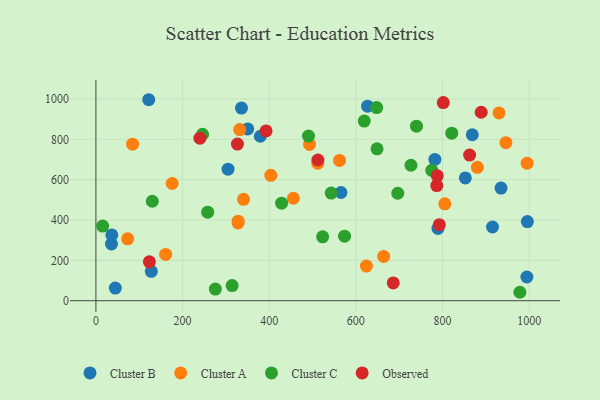
{"axis": {"x": "Investment", "y": "Sales"}, "legend": ["Cluster A", "Cluster B", "Cluster C", "Observed"], "data": [{"x": "868.8", "y": 822.7, "type": "Cluster B"}, {"x": "627.1", "y": 964.3, "type": "Cluster B"}, {"x": "121.9", "y": 996.2, "type": "Cluster B"}, {"x": "995.9", "y": 392.0, "type": "Cluster B"}, {"x": "782.4", "y": 700.4, "type": "Cluster B"}, {"x": "789.5", "y": 358.3, "type": "Cluster B"}, {"x": "915.4", "y": 365.4, "type": "Cluster B"}, {"x": "935.1", "y": 558.2, "type": "Cluster B"}, {"x": "44.8", "y": 62.5, "type": "Cluster B"}, {"x": "305.0", "y": 652.0, "type": "Cluster B"}, {"x": "336.0", "y": 954.7, "type": "Cluster B"}, {"x": "852.7", "y": 608.5, "type": "Cluster B"}, {"x": "350.4", "y": 851.7, "type": "Cluster B"}, {"x": "127.9", "y": 145.5, "type": "Cluster B"}, {"x": "379.5", "y": 815.2, "type": "Cluster B"}, {"x": "565.7", "y": 536.3, "type": "Cluster B"}, {"x": "35.9", "y": 281.2, "type": "Cluster B"}, {"x": "994.7", "y": 117.6, "type": "Cluster B"}, {"x": "36.7", "y": 326.2, "type": "Cluster B"}, {"x": "995.3", "y": 681.6, "type": "Cluster A"}, {"x": "328.3", "y": 394.2, "type": "Cluster A"}, {"x": "176.0", "y": 580.9, "type": "Cluster A"}, {"x": "880.5", "y": 661.3, "type": "Cluster A"}, {"x": "512.1", "y": 681.5, "type": "Cluster A"}, {"x": "624.4", "y": 171.7, "type": "Cluster A"}, {"x": "84.6", "y": 775.9, "type": "Cluster A"}, {"x": "403.7", "y": 621.5, "type": "Cluster A"}, {"x": "160.9", "y": 229.2, "type": "Cluster A"}, {"x": "805.3", "y": 480.3, "type": "Cluster A"}, {"x": "664.2", "y": 219.6, "type": "Cluster A"}, {"x": "331.9", "y": 848.0, "type": "Cluster A"}, {"x": "455.8", "y": 507.8, "type": "Cluster A"}, {"x": "328.1", "y": 385.4, "type": "Cluster A"}, {"x": "340.7", "y": 502.6, "type": "Cluster A"}, {"x": "493.0", "y": 774.8, "type": "Cluster A"}, {"x": "562.3", "y": 695.5, "type": "Cluster A"}, {"x": "930.4", "y": 930.9, "type": "Cluster A"}, {"x": "946.4", "y": 783.1, "type": "Cluster A"}, {"x": "73.3", "y": 306.7, "type": "Cluster A"}, {"x": "648.9", "y": 752.8, "type": "Cluster C"}, {"x": "246.1", "y": 825.1, "type": "Cluster C"}, {"x": "523.3", "y": 316.4, "type": "Cluster C"}, {"x": "130.2", "y": 493.0, "type": "Cluster C"}, {"x": "490.7", "y": 815.8, "type": "Cluster C"}, {"x": "573.9", "y": 320.1, "type": "Cluster C"}, {"x": "275.7", "y": 57.8, "type": "Cluster C"}, {"x": "978.6", "y": 41.8, "type": "Cluster C"}, {"x": "428.6", "y": 483.2, "type": "Cluster C"}, {"x": "543.2", "y": 533.5, "type": "Cluster C"}, {"x": "821.4", "y": 830.2, "type": "Cluster C"}, {"x": "727.2", "y": 671.4, "type": "Cluster C"}, {"x": "648.1", "y": 957.3, "type": "Cluster C"}, {"x": "739.9", "y": 865.1, "type": "Cluster C"}, {"x": "775.2", "y": 646.5, "type": "Cluster C"}, {"x": "15.5", "y": 370.1, "type": "Cluster C"}, {"x": "314.4", "y": 74.9, "type": "Cluster C"}, {"x": "696.7", "y": 532.7, "type": "Cluster C"}, {"x": "258.0", "y": 439.0, "type": "Cluster C"}, {"x": "619.4", "y": 890.5, "type": "Cluster C"}, {"x": "240.1", "y": 805.6, "type": "Observed"}, {"x": "889.3", "y": 934.2, "type": "Observed"}, {"x": "792.6", "y": 377.0, "type": "Observed"}, {"x": "786.8", "y": 570.5, "type": "Observed"}, {"x": "392.8", "y": 841.6, "type": "Observed"}, {"x": "123.4", "y": 192.9, "type": "Observed"}, {"x": "686.3", "y": 88.3, "type": "Observed"}, {"x": "862.6", "y": 721.7, "type": "Observed"}, {"x": "512.4", "y": 697.5, "type": "Observed"}, {"x": "801.8", "y": 982.3, "type": "Observed"}, {"x": "326.7", "y": 776.3, "type": "Observed"}, {"x": "787.9", "y": 618.8, "type": "Observed"}]}